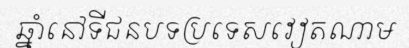
ឆ្នាំនៅទីជនបទប្រទេសវៀតណាម